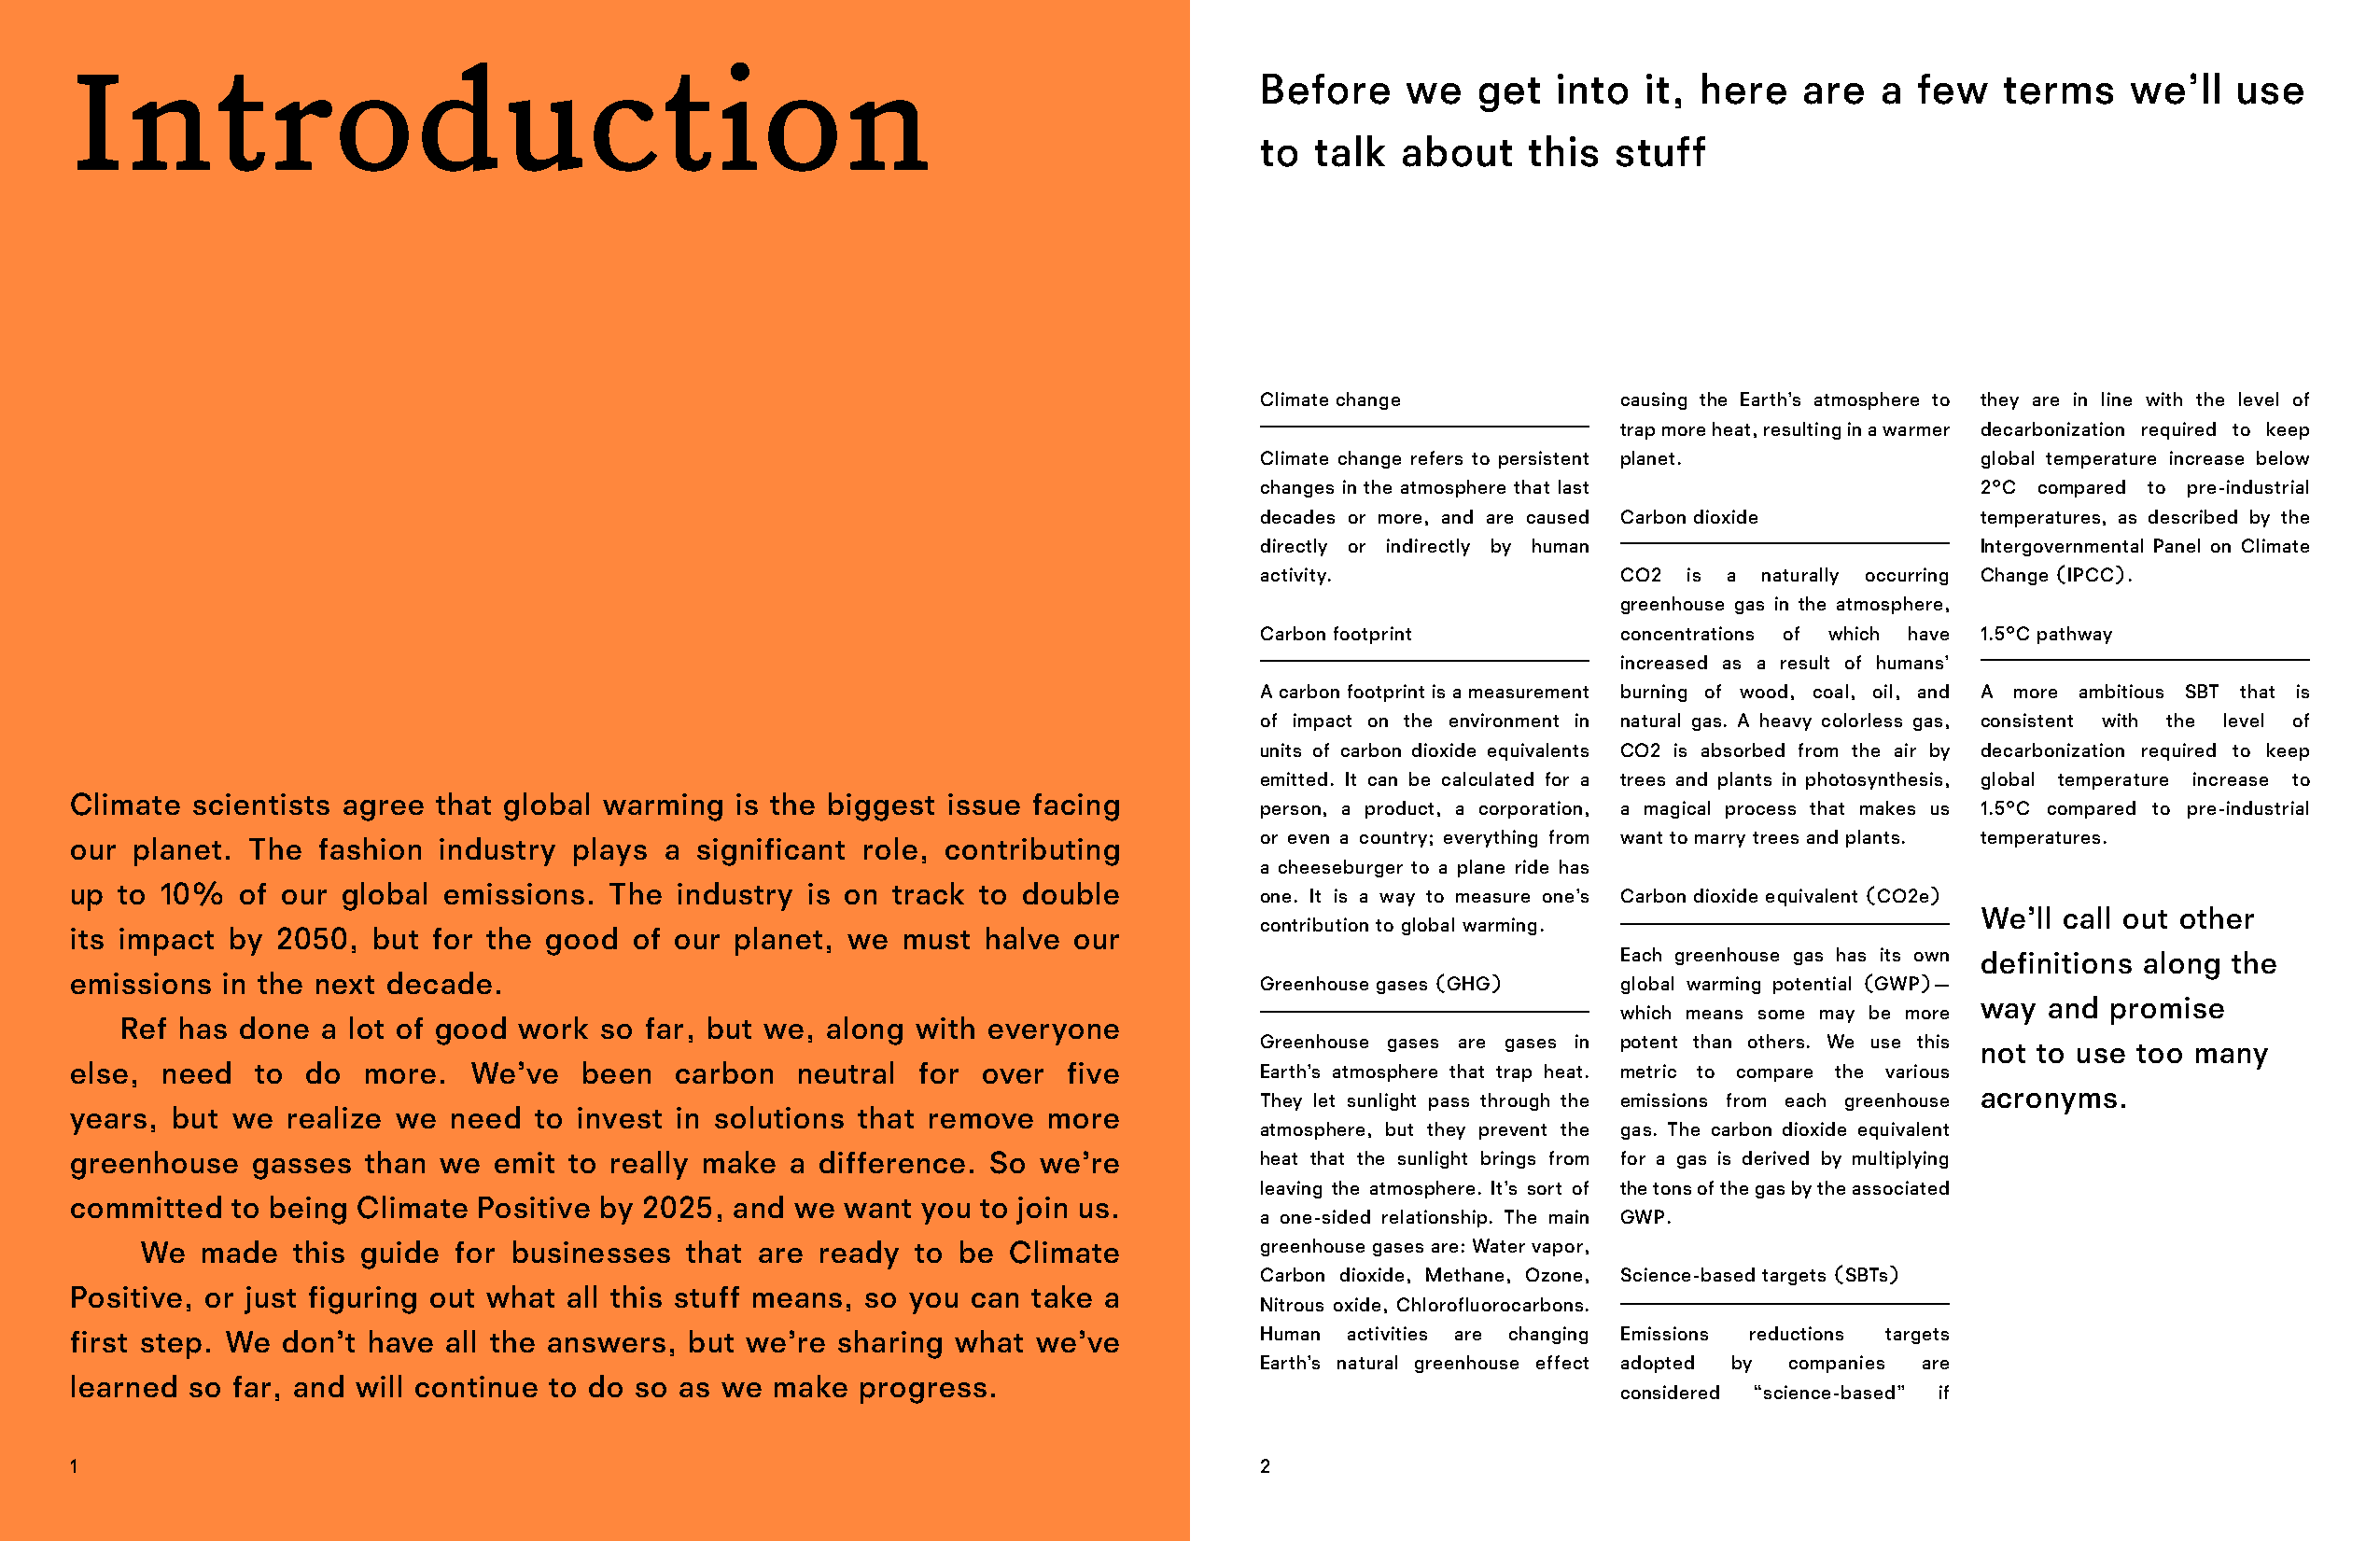
Introduction                                                                        Before     we   get  into   it, here   are  a  few   terms    we’ll   use
 to  talk  about    this   stuff
 Climate change            causing the Earth’s atmosphere to they are in line with the level of
 trap more heat, resulting in a warmer decarbonization required to keep
 Climate change refers to persistent planet.        global temperature increase below
 changes in the atmosphere that last                2°C  compared to pre-industrial
 decades or more, and are caused Carbon dioxide     temperatures, as described by the
 directly or indirectly by human                    Intergovernmental Panel on Climate
 activity.                 CO2  is a naturally occurring Change (IPCC).
 greenhouse gas in the atmosphere,
 Carbon footprint          concentrations of which have 1.5°C pathway
 increased as a result of humans’
 A carbon footprint is a measurement burning of wood, coal, oil, and A more ambitious SBT that is
 of impact on the environment in natural gas. A heavy colorless gas, consistent with the level of
 units of carbon dioxide equivalents CO2 is absorbed from the air by decarbonization required to keep
 emitted. It can be calculated for a trees and plants in photosynthesis, global temperature increase to
 Climate  scientists agree that global warming  is the biggest issue facing
 person, a product, a corporation, a magical process that makes us 1.5°C compared to pre-industrial
 or even a country; everything from want to marry trees and plants. temperatures.
 our planet.  The  fashion industry  plays a significant role, contributing
 a cheeseburger to a plane ride has
 up to 10%   of our global emissions.  The  industry is on track  to double
 one. It is a way to measure one’s Carbon dioxide equivalent (CO2e)
 We’ll call out other
 contribution to global warming.
 its impact by  2050, but  for the good  of our planet, we  must  halve our
 Each greenhouse gas has its own definitions along the
 emissions  in the next decade.                                                      Greenhouse gases (GHG)    global warming potential (GWP)—
 way  and  promise
 which means some may be more
 Ref has done  a lot of good work  so far, but we, along with everyone
 Greenhouse gases are gases in potent than others. We use this not to use too many
 else, need   to  do  more.  We’ve   been   carbon   neutral for  over  five         Earth’s atmosphere that trap heat. metric to compare the various
 acronyms.
 They let sunlight pass through the emissions from each greenhouse
 years, but we  realize we  need  to invest in solutions that remove  more
 atmosphere, but they prevent the gas. The carbon dioxide equivalent
 greenhouse   gasses  than we  emit to really make  a difference. So  we’re          heat that the sunlight brings from for a gas is derived by multiplying
 leaving the atmosphere. It’s sort of the tons of the gas by the associated
 committed  to being Climate  Positive by 2025, and we  want you  to join us.
 a one-sided relationship. The main GWP.
 We  made   this guide for businesses   that are ready  to be  Climate          greenhouse gases are: Water vapor,
 Carbon dioxide, Methane, Ozone, Science-based targets (SBTs)
 Positive, or just figuring out what all this stuff means, so you can take a
 Nitrous oxide, Chlorofluorocarbons.
 first step. We don’t have  all the answers, but we’re sharing  what we’ve           Human  activities are changing Emissions reductions targets
 Earth’s natural greenhouse effect adopted by companies are
 learned so  far, and will continue to do so as we make  progress.
 considered “science-based” if
 1                                                                                   2